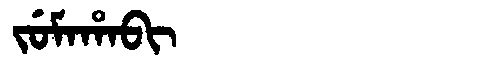
Manchu: ᠵᡠᠮᠠᡥᠠᠪᡳ
Romanization: JUMAHABI